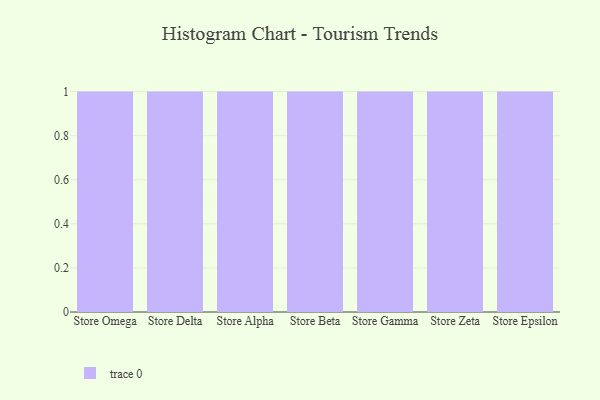
{"axis": {"x": "Store", "y": "Inventory Turnover"}, "legend": [""], "data": [{"x": "Store Omega", "y": 9, "type": ""}, {"x": "Store Delta", "y": 69, "type": ""}, {"x": "Store Alpha", "y": 53, "type": ""}, {"x": "Store Beta", "y": 53, "type": ""}, {"x": "Store Gamma", "y": 16, "type": ""}, {"x": "Store Zeta", "y": 6, "type": ""}, {"x": "Store Epsilon", "y": 62, "type": ""}]}